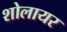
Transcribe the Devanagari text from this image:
शोलायर